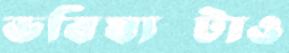
ভবিষ্যত্টাও